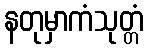
နတုမှာကံသုတ္တံ